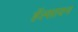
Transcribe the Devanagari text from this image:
हॅल्सायन